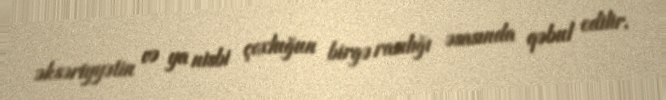
əksəriyyətin və ya nisbi çoxluğun birgə razılığı əsasında qəbul edilir.